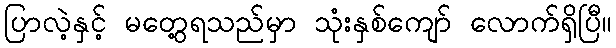
ပြာလဲ့နှင့် မတွေ့ရသည်မှာ သုံးနှစ်ကျော် လောက်ရှိပြီ။